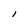
Character: I